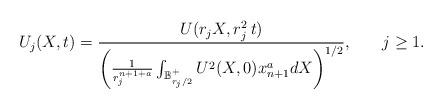
LaTeX: \begin{align*}U_j(X,t) = \frac{U(r_jX, r_j^2\, t)}{\bigg(\frac{1}{ r_j^{n+1+a}}\int_{\mathbb B_{r_j/2}^+} U^2(X, 0) x_{n+1}^a dX \bigg)^{1/2}},\,\,\,\ \ \ \ j\geq 1. \end{align*}